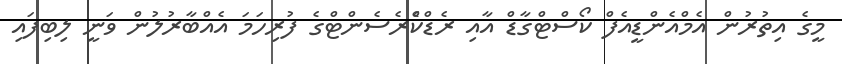
މީގެ އިތުރުން އެމްއެންޑީއެފް ކޯސްޓްގާޑް އާއި ރެޑްކްެެރެސެންޓްގެ ފުރިހަމަ އެއްބާރުލުން ވަނީ ލިބިފައި